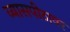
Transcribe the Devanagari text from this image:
व्‍यासपीठावर